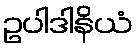
ဥပါဒါနိယံ